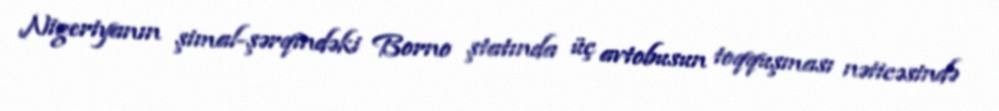
Nigeriyanın şimal-şərqindəki Borno ştatında üç avtobusun toqquşması nəticəsində